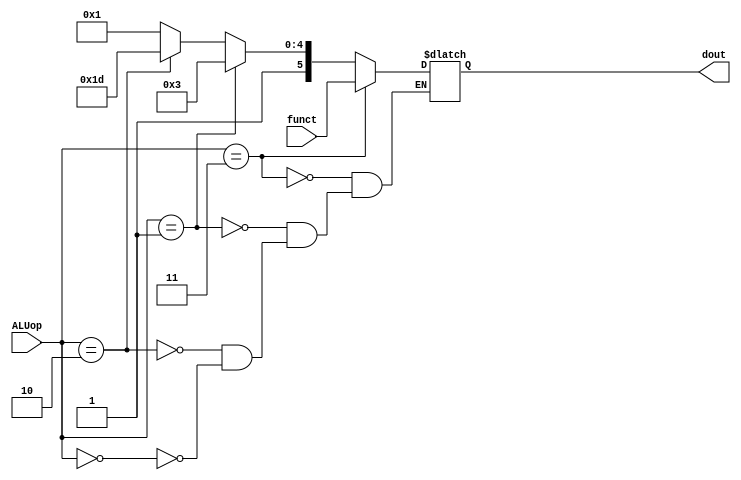
//permite selectarea operatiei care va fi executata de ALU
module ALU_control
(	
	input [5:0] funct, // intrare de date
	input [1:0] ALUop, // intrare de selectie
	output reg [5:0] dout // iesire de date
);

always@( funct, ALUop ) begin
	
	if(	ALUop == 2'b11 ) begin		 //aritmetic
		dout <= funct;				 // iesirea va primi datele de la intrare
	end	
	
	else if( ALUop == 2'b01 ) begin	 //BEQ
		dout <= 6'b100011; //subu	 iesirea va primi codul specific scaderii indiferent de datele de la intrarea de date
	end
	
	else if( ALUop == 2'b10 ) begin	 //BNE
		dout <= 6'b111101; //subu 	 iesirea va primi codul specific instructiunii bne indiferent de datele de la intrarea de date
	end
	
	else if( ALUop == 2'b00) begin	 //load/store
		dout <= 6'b100001; //addu  	 iesirea va primi codul specific adunarii indiferent de datele de la intrarea de date
	end	   
	
end
	
endmodule